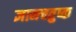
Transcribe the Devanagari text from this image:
ज्ञानचतुष्क